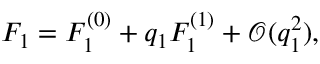
F _ { 1 } = F _ { 1 } ^ { ( 0 ) } + q _ { 1 } F _ { 1 } ^ { ( 1 ) } + \mathcal { O } ( q _ { 1 } ^ { 2 } ) , ~ ~ ~ ~ ~ ~ ~ ~ ~ ~ ~ ~ ~ ~